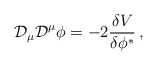
\begin{align*}{\cal D}_\mu {\cal D}^\mu \phi = - 2 {\delta V \over \delta \phi^*} \, ,\end{align*}